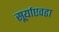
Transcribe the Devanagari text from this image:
सूर्याएवढा